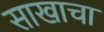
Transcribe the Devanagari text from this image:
साखाचा